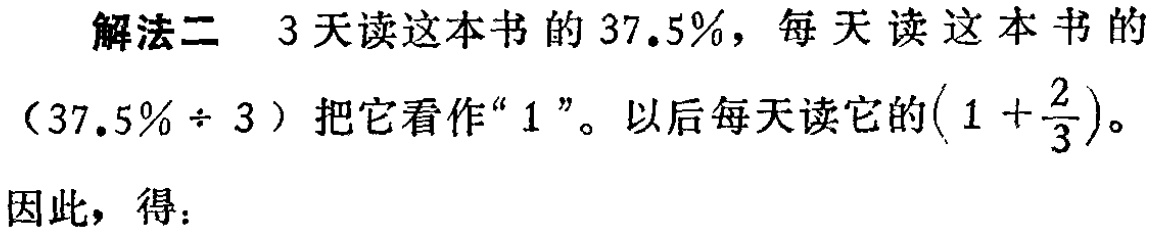
解法二 3天读这本书的37.5%，每天读这本书的

（37.5% \div 3）把它看作“1”。以后每天读它的\((1 + \frac{2}{3})\)。

因此，得：